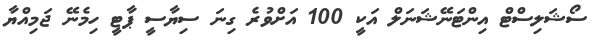
ސޯޝަލިސްޓް އިންޓަނޭޝަނަލް އަކީ 100 އަށްވުރެ ގިނަ ސިޔާސީ ޕާޓީ ހިމެނޭ ޖަމިއްޔާ